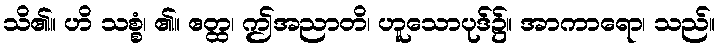
သိ၏။ ဟိ သစ္စံ၊ ၏။ ဧတ္ထ၊ ဤအညာတိ၊ ဟူသောပုဒ်၌။ အာကာရော၊ သည်။